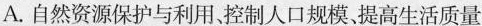
A.自然资源保护与利用、控制人口规模、提高生活质量